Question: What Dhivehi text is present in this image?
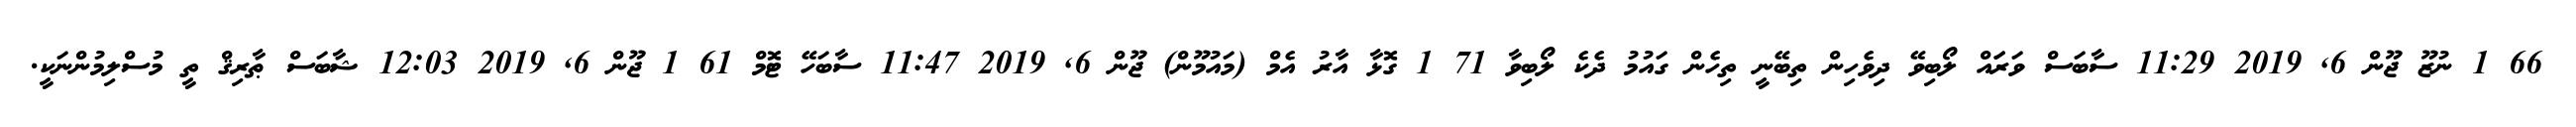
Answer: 66 1 ނުޒޫ ޖޫން 6, 2019 11:29 ސާބަސް ވަރަައް ލޯބިވޭ ދިވެހިން ތިބޭނީ ތިހެން ގައުމު ދެކެ ލޯބިވާ 71 1 ގޮޅާ އާރު އެމް (މައުމޫން) ޖޫން 6, 2019 11:47 ސާބަހޭ ޓޮމް 61 1 ޖޫން 6, 2019 12:03 ޝާބަސް ޠާރިޤް ތީ މުސްލިމުންނަކީ.